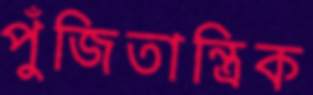
পুঁজিতান্ত্রিক